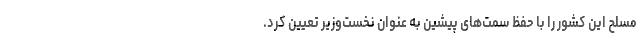
مسلح این کشور را با حفظ سمت‌های پیشین به عنوان نخست‌وزیر تعیین کرد.